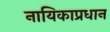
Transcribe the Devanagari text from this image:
नायिकाप्रधान